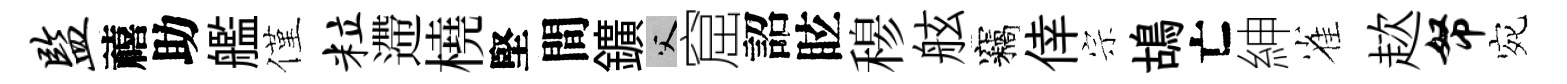
监禧助艦僅粒遰橈堅間鑛父窟詔眩𥠇舷竊倖宗鴣亡紳雀趑帑宛